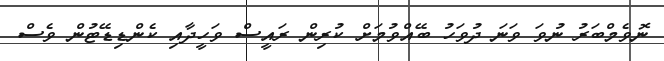
ނޮވެމްބަރު ނުވަ ވަނަ ދުވަހު ބޭއްވުމަށް ކުރިން ރައީސް ވަހީދާއި ކެންޑިޑޭޓުން ވެސް